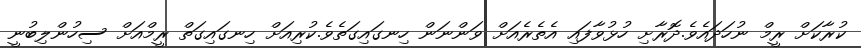
ކުރާކަށް ރީމް ނުހަދައެވެ.ދޮރާށި ހުޅުވާފައި އެތެރެއަށް ވަންނަން ހިނގައިގަތެވެ.ކުރިއަށް ހިނގައިގަތް ރީމްއަށް ސިހުންލިބުނީ